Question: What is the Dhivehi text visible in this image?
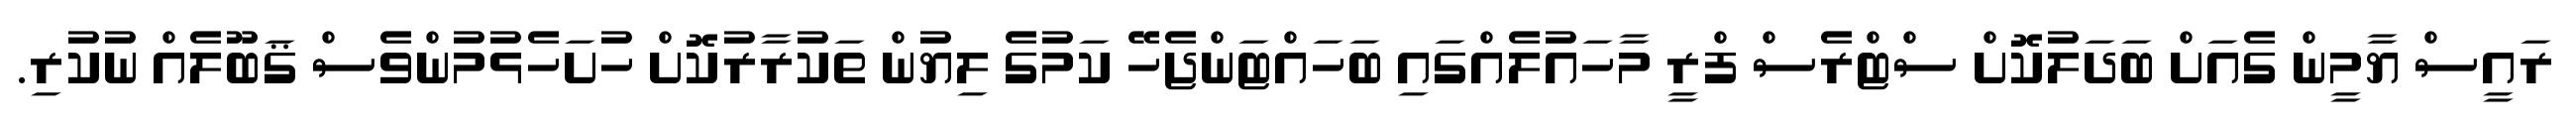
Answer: ރައީސް ޔާމީން ގެއަށް ބަދަލުކޮށް ސްޓްރެސް ފްރީ މާހައުލެއްގައި ބަހައްޓަންޖެހޭ ކަމުގެ ލިޔުން ތަކުރާރުކޮށް ހުށަހެޅުމުންވެސް ޤަބޫލެއް ނުކުރި.